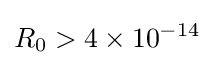
R_{0}>4\times 10^{-14}